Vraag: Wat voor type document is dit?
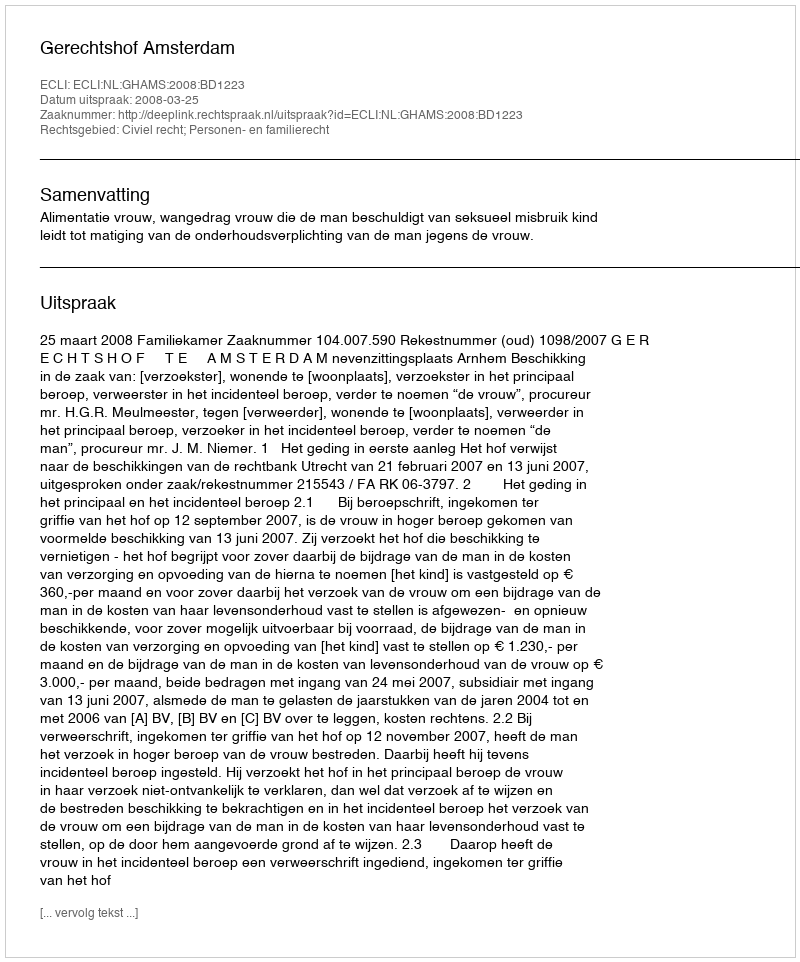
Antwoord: Uitspraak